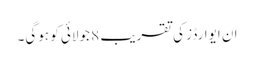
ان ایوارڈز کی تقریب 8 جولائی کو ہوگی۔